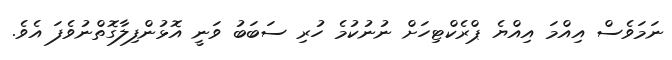
ނަމަވެސް އިއްމަ އިއްޔެ ޕްރެކްޓިހަށް ނުނުކުމެ ހުރި ސަބަބު ވަނީ އޮޅުންފިލާގޮތްނުވެފަ އެވެ.